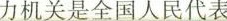
力机关是全国人民代表